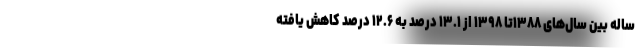
ساله بین سال‌های ۱۳۸۸تا ۱۳۹۸ از ۱۳.۱ درصد به ۱۲.۶ درصد کاهش یافته